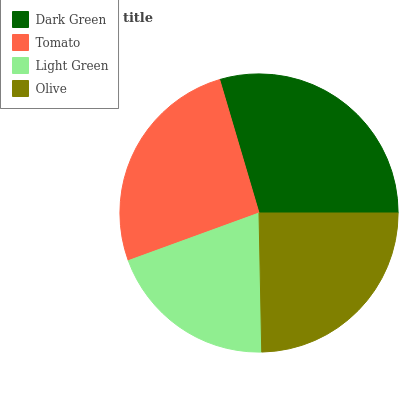
| Dark Green | Tomato | Light Green | Olive |
 | --- | --- | --- | --- |
 | 29.6% | 26% | 19.7% | 24.7% |